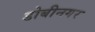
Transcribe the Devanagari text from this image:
डोबीनगर